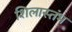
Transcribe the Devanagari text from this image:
शिलास्तंभ